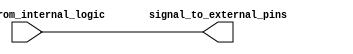
module non_inverting_buffer (
    input signal_from_internal_logic,
    output reg signal_to_external_pins
);

// Non-inverting buffer logic
always @ (signal_from_internal_logic)
begin
    signal_to_external_pins = signal_from_internal_logic;
end

endmodule